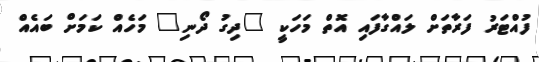
ފުއްޓަރު ފަރާތަށް ލައްގާފައި އޮތް މަހަކީ "ދިގު ދޯނި" މަހެއް ކަމަށް ބައެއް